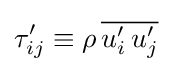
\tau '_{ij}\equiv \rho \,{\overline {u'_{i}\,u'_{j}}}